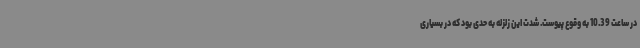
در ساعت 10.39 به وقوع پیوست. شدت این زلزله به حدی بود که در بسیاری